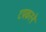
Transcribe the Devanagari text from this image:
टपकरने